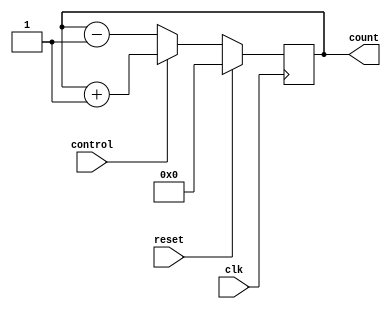
module UpDownCounter (
    input wire clk,
    input wire reset,
    input wire control,
    output reg [7:0] count
);

reg [7:0] count_reg;

always @(posedge clk) begin
    if (reset) begin
        count_reg <= 8'h00;
    end 
    else begin
        if (control) begin
            count_reg <= count_reg + 1;
        end 
        else begin
            count_reg <= count_reg - 1;
        end
    end
end

assign count = count_reg;

endmodule